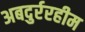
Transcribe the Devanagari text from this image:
अबदुर्ररहीम